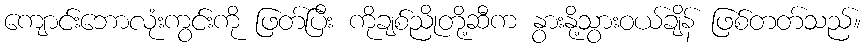
ကျောင်းဘောလုံးကွင်းကို ဖြတ်ပြီး ကိုချစ်ညိုတို့ဆီက နွားနို့သွားဝယ်ချိန် ဖြစ်တတ်သည်။